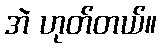
အဲ ဟုတ်တယ်။